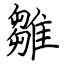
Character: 雛